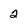
Character: 2